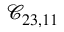
\mathcal { C } _ { 2 3 , 1 1 }